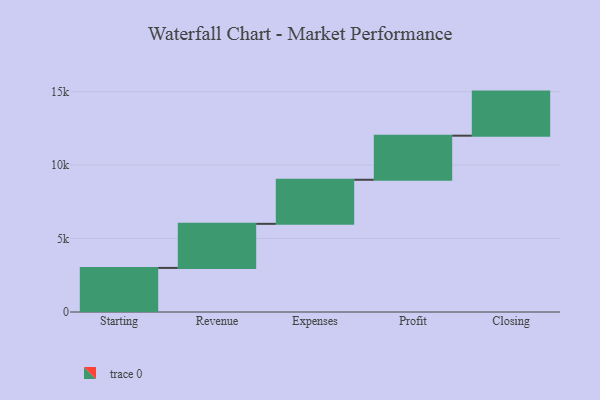
{"axis": {"x": "Step", "y": "Value"}, "legend": [""], "data": [{"x": "Starting", "y": 3000, "type": ""}, {"x": "Revenue", "y": 3000, "type": ""}, {"x": "Expenses", "y": 3000, "type": ""}, {"x": "Profit", "y": 3000, "type": ""}, {"x": "Closing", "y": 3000, "type": ""}]}